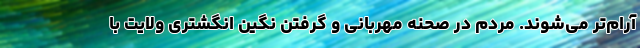
آرام‌تر می‌شوند. مردم در صحنه مهربانی و گرفتن نگین انگشتری ولایت با